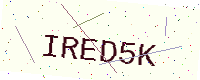
Text: IRED5K